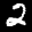
Label: 2